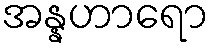
အန္နဟာရော